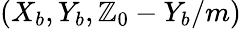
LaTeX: \left(X_{b},Y_{b},\mathbb{Z}_{0}-Y_{b}/m\right)